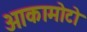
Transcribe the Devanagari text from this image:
ओकामोटो